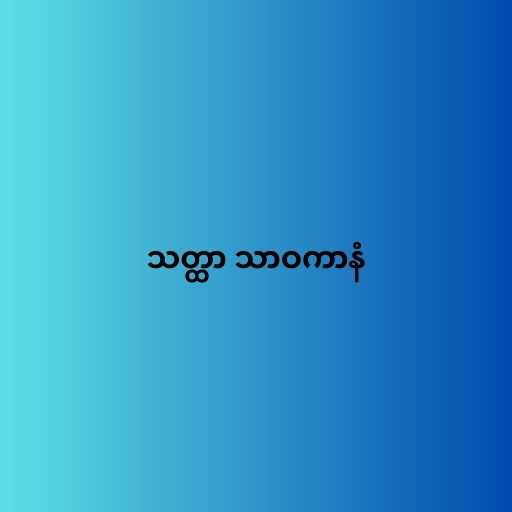
သတ္ထာ သာဝကာနံ